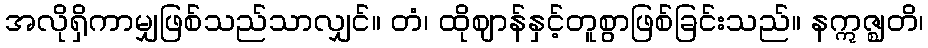
အလိုရှိကာမျှဖြစ်သည်သာလျှင်။ တံ၊ ထိုဈာန်နှင့်တူစွာဖြစ်ခြင်းသည်။ နဣဇ္ဈတိ၊